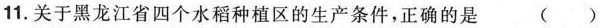
11.关于黑龙江省四个水稻种植区的生产条件，正确的是 ( )